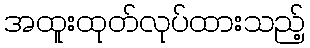
အထူးထုတ်လုပ်ထားသည့်